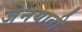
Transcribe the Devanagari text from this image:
जेनयाती